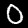
Digit: 0